Lunatic asylums Punjab 1911-1921 - 1911-1921
Year: 1911
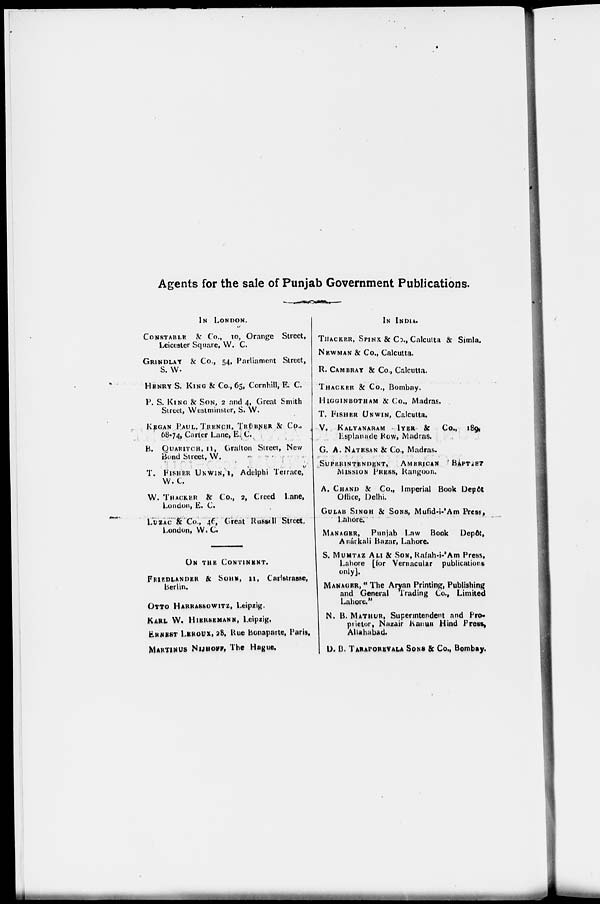
Agents for the sale of Punjab Government Publications.
IN LONDON.
CONSTABLE & Co., 10, Orange Street,
Leicester Square, W. C.
GRINDLAY & Co., 54, Parliament Street,
S. W.
HENRY S. KING & Co., 65, Cornhill, E. C.
P. S. KING & SON, 2 and 4, Great Smith
Street, Westminster, S. W.
KEGAN PAUL, TRENCH, TRÜBNER & Co.,
68-74, Carter Lane, E. C.
B. QUARITCH, 11, Grafton Street, New
Bond Street, W.
T. FISHER UNWIN, 1, Adelphi Terrace,
W. C.
W. THACKER & Co., 2, Creed Lane,
London, E. C.
LUZAC & Co., 46, Great Russell Street.
London, W. C.
ON THE CONTINENT.
FRIEDLANDER & SONS, 11, Carlstrasse,
Berlin.
OTTO HARRASSOWITZ, Leipzig.
KARL W. HIERSEMANN, Leipzig,
ERNEST LEROUX, 28, Rue Bonaparte, Paris.
MARTINUS NIJHOFF, The Hague.
IN INDIA.
THACKER, SPINK & Co., Calcutta & Simla.
NEWMAN & Co., Calcutta.
R. CAMBRAY & Co., Calcutta.
THACKER & Co., Bombay.
HIGGINBOTHAM & Co., Madras.
T. FISHER UNWIN, Calcutta.
V. KALYANARAM IYER & Co., 1896
Esplanade Row, Madras.
G. A. NATESAN & Co., Madras.
SUPERINTENDENT, AMERICAN BAPTIST
MISSION PRESS, Rangoon.
A. CHAND & Co., Imperial Book Depôt
Office, Delhi.
GULAB SINGH & SONS, Mufid-i-'Am Press,
Lahore.
MANAGER, Punjab Law Book
Depôt,
Anárkali Bazar, Lahore.
S. MUMTAZ ALI & SON, Rafah-i-'Am Press,
Lahore [for Vernacular publications
only].
MANAGER, " The Aryan Printing, Publishing
and General Trading Co., Limited
Lahore."
N. B. MATHUR, Superintendent and Pro-
prietor, Nazair Kanun Hind Press,
Allahabad.
D. B. TARAPOREVALA SONS & Co., Bombay.